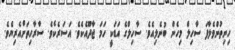
ހިނިތުންވެލާފަ ސާހިލް މިހެން ބުނެލިއެވެ. ސާހިލްގެ އަޑަކީ ހަމަ ޖާދޫއެކެވެ. އަސަރެކެވެ. ސާރާހިތަށްއެރިޔެވެ.